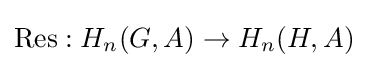
\mathrm {Res} :H_{n}(G,A)\to H_{n}(H,A)